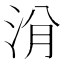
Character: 洕